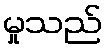
မှုသည်